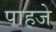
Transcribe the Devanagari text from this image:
पाहजे